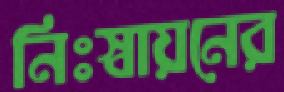
নিঃস্বায়নের